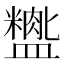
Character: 𬐺